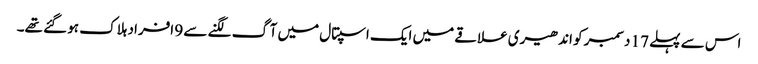
اس سے پہلے 17 دسمبر کو اندھیری علاقے میں ایک اسپتال میں آگ لگنے سے 9 افراد ہلاک ہو گئے تھے۔